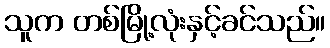
သူက တစ်မြို့လုံးနှင့်ခင်သည်။